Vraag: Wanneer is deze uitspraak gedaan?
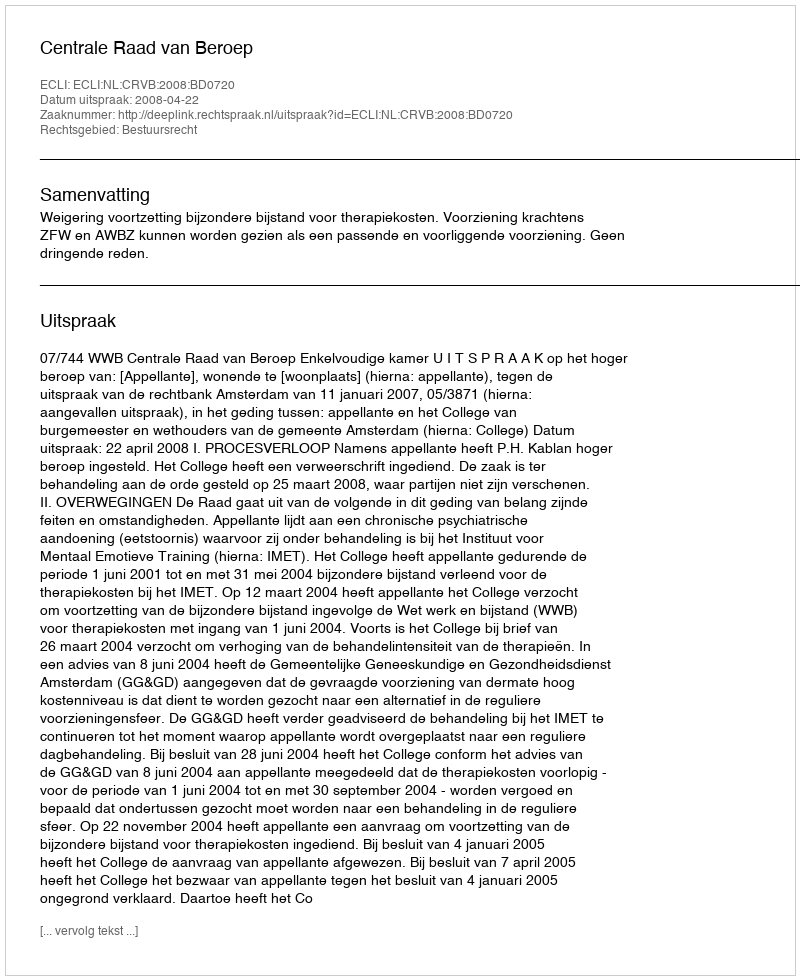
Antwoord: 2008-04-22